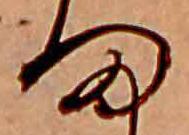
ま